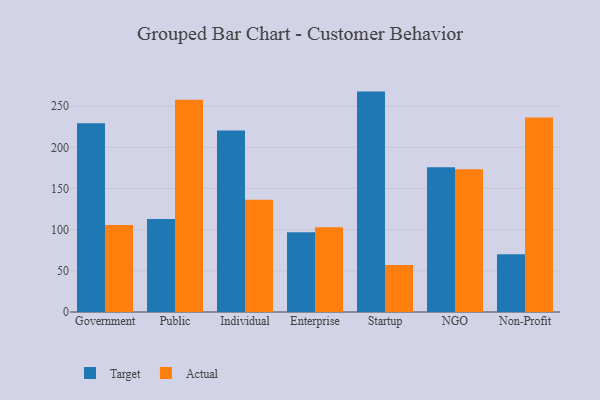
{"axis": {"x": "Segment", "y": "Market Share (%)"}, "legend": ["Actual", "Target"], "data": [{"x": "Government", "y": 229.4, "type": "Target"}, {"x": "Government", "y": 105.6, "type": "Actual"}, {"x": "Public", "y": 113.1, "type": "Target"}, {"x": "Public", "y": 257.9, "type": "Actual"}, {"x": "Individual", "y": 220.6, "type": "Target"}, {"x": "Individual", "y": 136.4, "type": "Actual"}, {"x": "Enterprise", "y": 96.9, "type": "Target"}, {"x": "Enterprise", "y": 103.0, "type": "Actual"}, {"x": "Startup", "y": 267.8, "type": "Target"}, {"x": "Startup", "y": 57.1, "type": "Actual"}, {"x": "NGO", "y": 175.8, "type": "Target"}, {"x": "NGO", "y": 173.5, "type": "Actual"}, {"x": "Non-Profit", "y": 70.3, "type": "Target"}, {"x": "Non-Profit", "y": 236.4, "type": "Actual"}]}